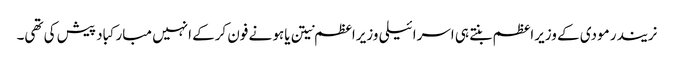
نریندر مودی کے وزیراعظم بنتے ہی اسرائیلی وزیراعظم نیتن یاہو نے فون کرکے انہیں مبارکباد پیش کی تھی۔